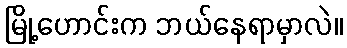
မြို့ဟောင်းက ဘယ်နေရာမှာလဲ။